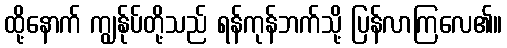
ထို့နောက် ကျွန်ုပ်တို့သည် ရန်ကုန်ဘက်သို့ ပြန်လာကြလေ၏။